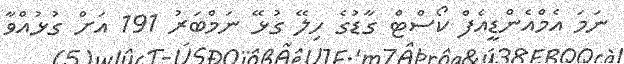
ނަމަ އެމްއެންޑީއެފް ކޯސްޓް ގާޑުގެ ހިލޭ ގުޅޭ ނަމްބަރު 191 އަށް ގުޅުއްވާ